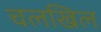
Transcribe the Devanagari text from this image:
चलखिल